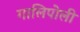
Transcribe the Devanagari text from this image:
गालिपोली